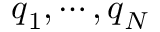
\boldsymbol { q } _ { 1 } , \cdots , \boldsymbol { q } _ { N }